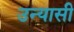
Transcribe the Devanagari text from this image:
उन्यासी